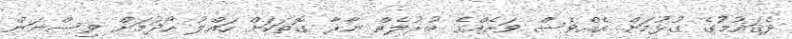
ދެޤައުމުގެ ގުޅުމަށް އެއްވެސް ވަރެއްގެ ބުރުލެއް ނާރާ ގޮތަކަށް ހައްލު ހޯދުމަށް ވިސްނަން